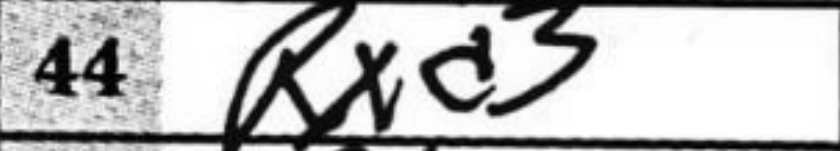
Transcription: Rxd3